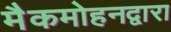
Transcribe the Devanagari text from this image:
मैकमोहनद्वारा